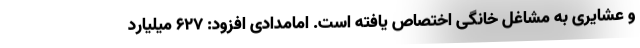
و عشایری به مشاغل خانگی اختصاص یافته است. امامدادی افزود: ۶۲۷ میلیارد